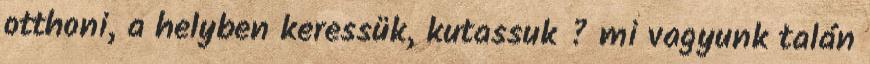
otthoni, a helyben keressük, kutassuk ? mi vagyunk talán